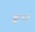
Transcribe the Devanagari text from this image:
बुलद